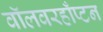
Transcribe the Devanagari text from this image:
वॉलवरहाँप्टन